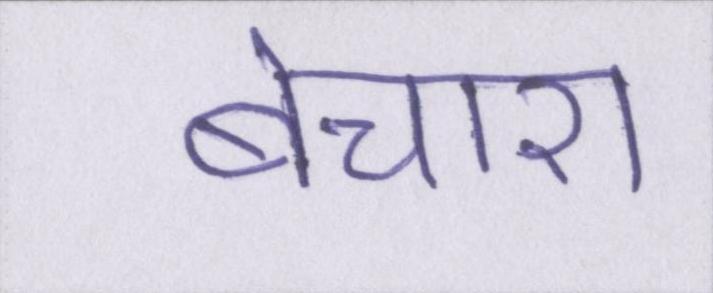
बेचारा